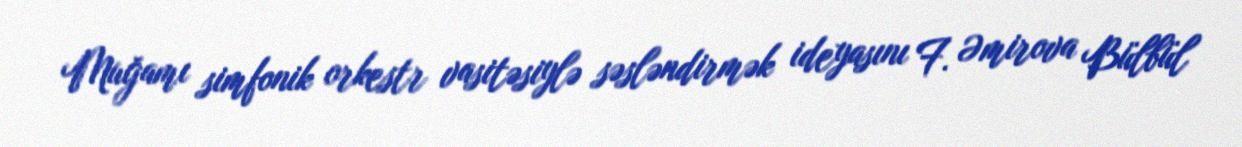
Muğamı simfonik orkestr vasitəsiylə səsləndirmək ideyasını F. Əmirova Bülbül